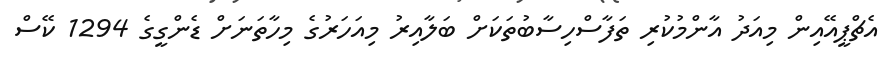
އެޗްޕީއޭއިން މިއަދު އާންމުކުރި ތަފާސްހިސާބުތަކަށް ބަލާއިރު މިއަހަރުގެ މިހާތަނަށް ޑެންގީގެ 1294 ކޭސް